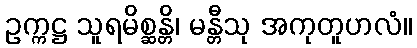
ဥက္ကဋ္ဌ သူရမိစ္ဆန္တိ၊ မန္တီသု အကုတူဟလံ။